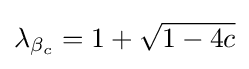
\lambda _{\beta _{c}}=1+{\sqrt {1-4c}}